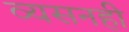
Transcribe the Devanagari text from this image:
व्यसनही